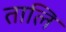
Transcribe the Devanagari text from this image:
तालि